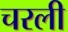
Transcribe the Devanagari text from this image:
चरली